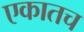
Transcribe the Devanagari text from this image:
एकातच